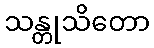
သန္တုသိတော